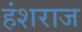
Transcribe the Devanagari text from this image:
हंशराज